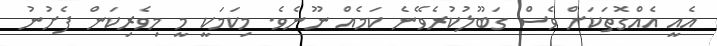
އެއީ އެއްގޮތަކަށް ވެސް ގަބޫލުކުރެވޭނެ ކަމެއް ނޫނެވެ. މިކަމަކީ މީ މިވެރިކަން ފެށުނު